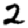
Digit: 2